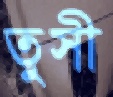
তুসী